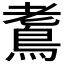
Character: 𪀧